Indian journal of veterinary science and animal husbandry - Volumes 26-27, 1956-1957
Year: 1956
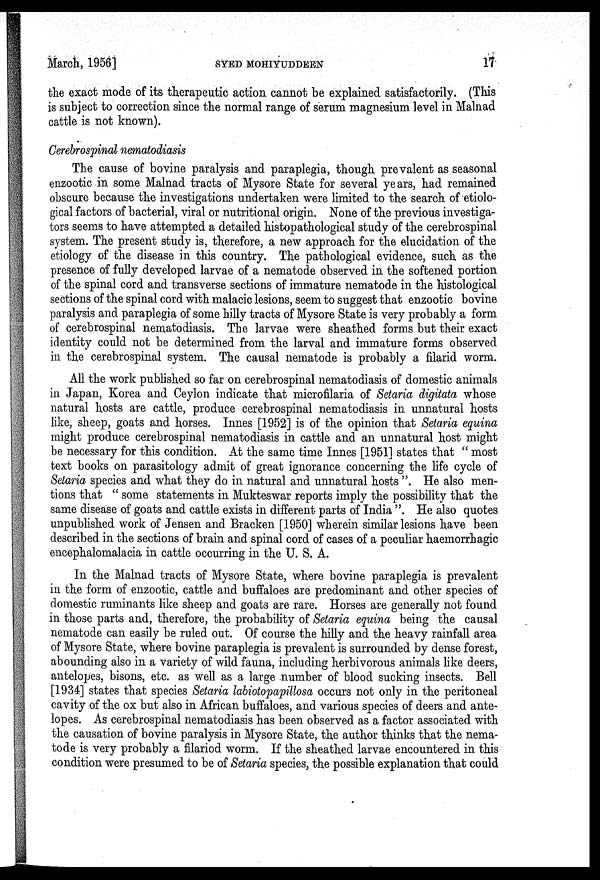
March, 1956]
SYED
MOHIYUDDEEN
17
the exact mode of its therapeutic action cannot be explained satisfactorily. (This
is subject to correction since the normal range of serum magnesium level in Malnad
cattle is not known).
Cerebrospinal nematodiasis
The cause of bovine paralysis and paraplegia, though prevalent as seasonal
enzootic in some Malnad tracts of Mysore State for several years, had remained
obscure because the investigations undertaken were limited to the search of etiolo-
gical factors of bacterial, viral or nutritional origin. None of the previous investiga-
tors seems to have attempted a detailed histopathological study of the cerebrospinal
system. The present study is, therefore, a new approach for the elucidation of the
etiology of the disease in this country. The pathological evidence, such as the
presence of fully developed larvae of a nematode observed in the softened portion
of the spinal cord and transverse sections of immature nematode in the histological
sections of the spinal cord with malacic lesions, seem to suggest that enzootic bovine
paralysis and paraplegia of some hilly tracts of Mysore State is very probably a form
of cerebrospinal nematodiasis. The larvae were sheathed forms but their exact
identity could not be determined from the larval and immature forms observed
in the cerebrospinal system. The causal nematode is probably a filarid worm.
All the work published so far on cerebrospinal nematodiasis of domestic animals
in Japan, Korea and Ceylon indicate that microfilaria of Setaria digitata whose
natural hosts are cattle, produce cerebrospinal nematodiasis in unnatural hosts
like, sheep, goats and horses. Innes [1952] is of the opinion that Setaria equina
might produce cerebrospinal nematodiasis in cattle and an unnatural host might
be necessary for this condition. At the same time Innes [1951] states that " most
text books on parasitology admit of great ignorance concerning the life cycle of
Setaria species and what they do in natural and unnatural hosts ". He also men-
tions that " some statements in Mukteswar reports imply the possibility that the
same disease of goats and cattle exists in different parts of India ". He also quotes
unpublished work of Jensen and Bracken [1950] wherein similar lesions have been
described in the sections of brain and spinal cord of cases of a peculiar haemorrhagic
encephalomalacia in cattle occurring in the U. S. A.
In the Malnad tracts of Mysore State, where bovine paraplegia is prevalent
in the form of enzootic, cattle and buffaloes are predominant and other species of
domestic ruminants like sheep and goats are rare. Horses are generally not found
in those parts and, therefore, the probability of Setaria equina being the causal
nematode can easily be ruled out. Of course the hilly and the heavy rainfall area
of Mysore State, where bovine paraplegia is prevalent is surrounded by dense forest,
abounding also in a variety of wild fauna, including herbivorous animals like deers,
antelopes, bisons, etc. as well as a large number of blood sucking insects. Bell
[1934] states that species Setaria labiotopapillosa occurs not only in the peritoneal
cavity of the ox but also in African buffaloes, and various species of deers and ante-
lopes. As cerebrospinal nematodiasis has been observed as a factor associated with
the causation of bovine paralysis in Mysore State, the author thinks that the nema-
tode is very probably a filariod worm. If the sheathed larvae encountered in this
condition were presumed to be of Setaria species, the possible explanation that could